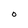
Character: O